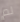
لم